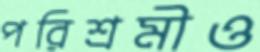
পরিশ্রমীও